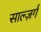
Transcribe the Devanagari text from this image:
साल्ज़र्ग